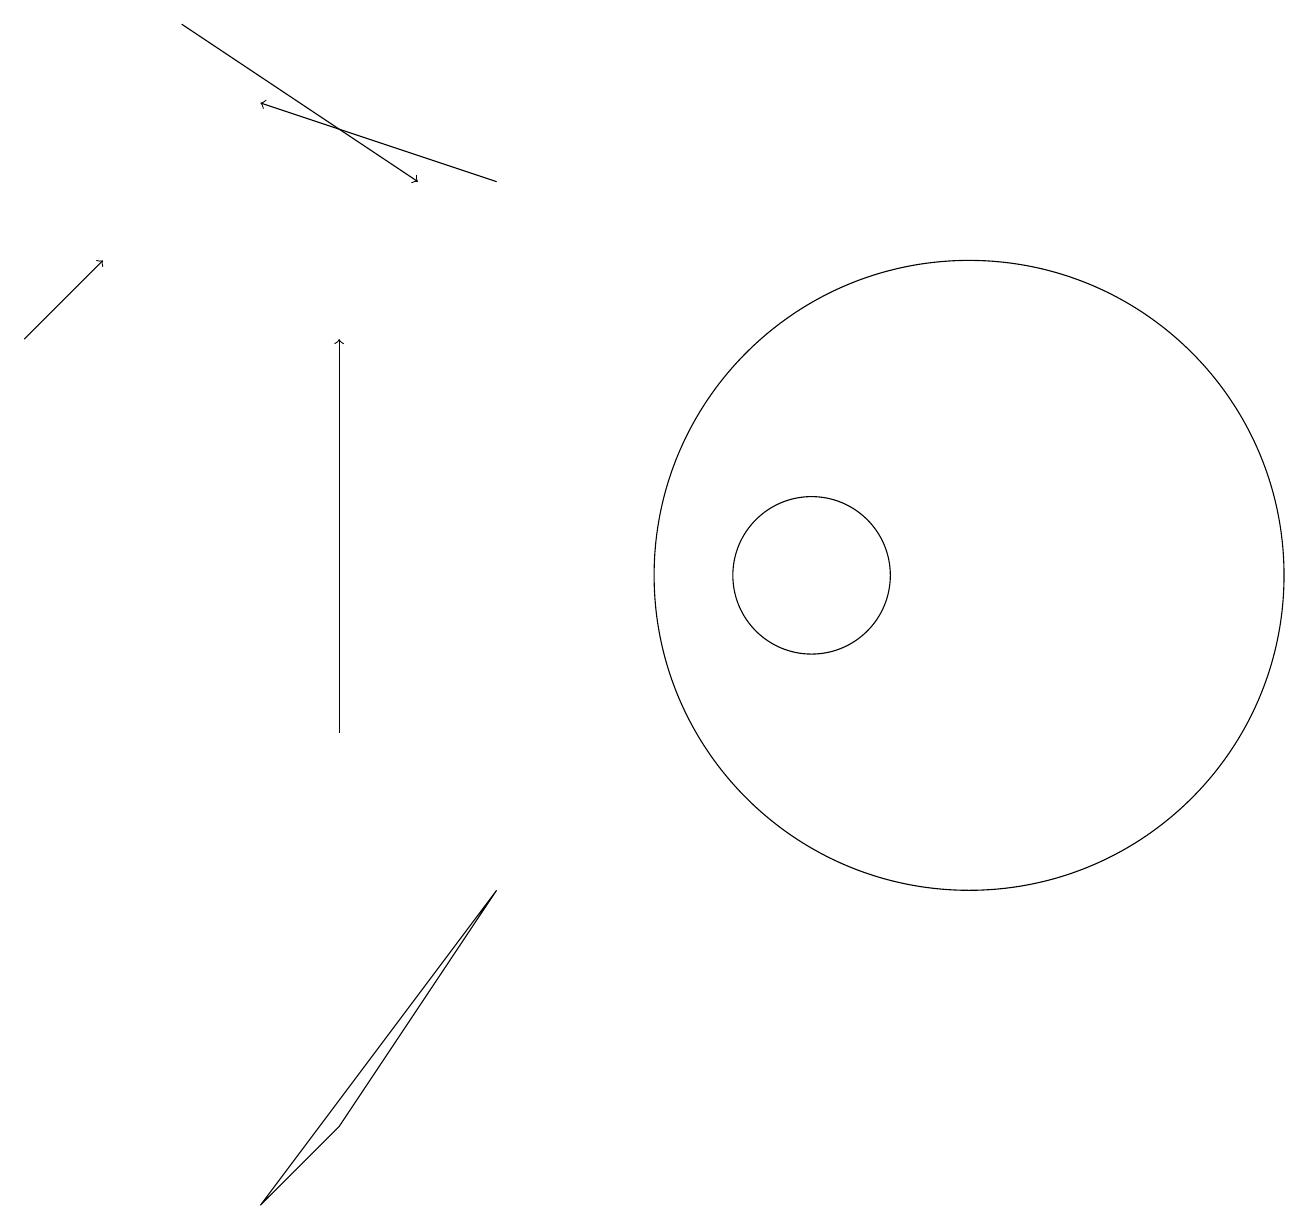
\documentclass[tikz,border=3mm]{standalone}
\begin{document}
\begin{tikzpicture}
\draw[->] (2,19) -- (5,17);
\draw[->] (0,15) -- (1,16);
\draw (12,12) circle (4);
\draw (10,12) circle (1);
\draw[->] (6,17) -- (3,18);
\draw (4,5) -- (3,4) -- (6,8) -- cycle;
\draw[->] (4,10) -- (4,15);
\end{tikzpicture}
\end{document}